Annual report on the working of the lock hospitals in the North-Western Provinces and Oudh
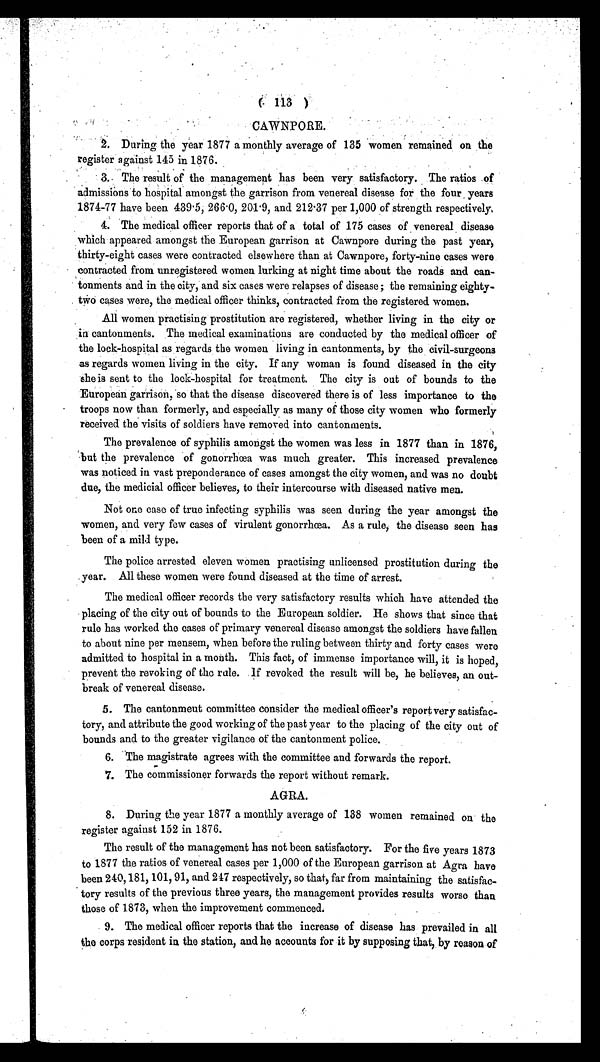
( 113 )
CAWNPORE.
2. During the year 1877 a monthly average of 135 women remained on the
register against 145 in 1876.
3. The result of the management has been very satisfactory. The ratios of
admissions to hospital amongst the garrison from venereal disease for the four years
1874-77 have been 439.5, 266.0, 201.9, and 212.37 per 1,000 of strength respectively.
4. The medical officer reports that of a total of 175 cases of venereal disease
which appeared amongst the European garrison at Cawnpore during the past year,
thirty-eight cases were contracted elsewhere than at Cawnpore, forty-nine cases were
contracted from unregistered women lurking at night time about the roads and can-
tonments and in the city, and six cases were relapses of disease ; the remaining eighty-
two cases were, the medical officer thinks, contracted from the registered women.
All women practising prostitution are registered, whether living in the city or
in cantonments. The medical examinations are conducted by the medical officer of
the lock-hospital as regards the women living in cantonments, by the civil-surgeons
as regards women living in the city. If any woman is found diseased in the city
she is sent to the lock-hospital for treatment. The city is out of bounds to the
European garrison, so that the disease discovered there is of less importance to the
troops now than formerly, and especially as many of those city women who formerly
received the visits of soldiers have removed into cantonments.
The prevalence of syphilis amongst the women was less in 1877 than in 1876,
but the prevalence of gonorrhœa was much greater. This increased prevalence
was noticed in vast preponderance of cases amongst the city women, and was no doubt
due, the medicial officer believes, to their intercourse with diseased native men.
Not one case of true infecting syphilis was seen during the year amongst the
women, and very few cases of virulent gonorrhœa. As a rule, the disease seen has
been of a mild type.
The police arrested eleven women practising unlicensed prostitution during the
year. All these women were found diseased at the time of arrest.
The medical officer records the very satisfactory results which have attended the
placing of the city out of bounds to the European soldier. He shows that since that
rule has worked the cases of primary venereal disease amongst the soldiers have fallen
to about nine per mensem, when before the ruling between thirty and forty cases were
admitted to hospital in a month. This fact, of immense importance will, it is hoped,
prevent the revoking of the rale. If revoked the result will be, he believes, an out-
break of venereal disease.
5. The cantonment committee consider the medical officer's report very satisfac-
tory, and attribute the good working of the past year to the placing of the city out of
bounds and to the greater vigilance of the cantonment police.
6. The magistrate agrees with the committee and forwards the report.
7. The commissioner forwards the report without remark.
AGRA.
8. During the year 1877 a monthly average of 138 women remained on the
register against 152 in 1876.
The result of the management has not been satisfactory. For the five years 1873
to 1877 the ratios of venereal cases per 1,000 of the European garrison at Agra have
been 240, 181, 101, 91, and 217 respectively, so that, far from maintaining the satisfac-
tory results of the previous three years, the management provides results worse than
those of 1873, when the improvement commenced.
9. The medical officer reports that the increase of disease has prevailed in all
the corps resident in the station, and he accounts for it by supposing that, by reason of